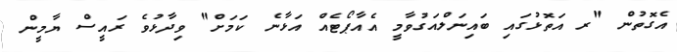
އެގޮތުން "ރ އަތޮޅުގައި ބައިނަލްއަގުވާމީ އެއާޕޯޓެއް އަޅާނެ ކަމަށް" ވިދާޅުވެ ރައީސް ޔާމީން